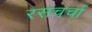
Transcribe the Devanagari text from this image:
रसचर्चा